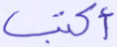
أكتب